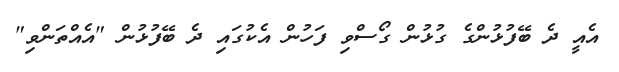
އެއީ ދެ ބޭފުޅުންގެ ގުޅުން ގޯސްވި ފަހުން އެކުގައި ދެ ބޭފުޅުން "އެއްތަންވި"